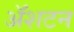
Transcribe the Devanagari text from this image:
ॲशटन